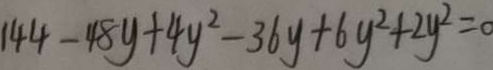
1 4 4 - 4 8 y + 4 y ^ { 2 } - 3 6 y + 6 y ^ { 2 } + 2 y ^ { 2 } = 0